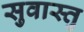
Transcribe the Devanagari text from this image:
सुवास्तु